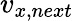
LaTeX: v_{x,next}